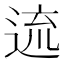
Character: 𨓞